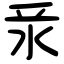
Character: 𣲛